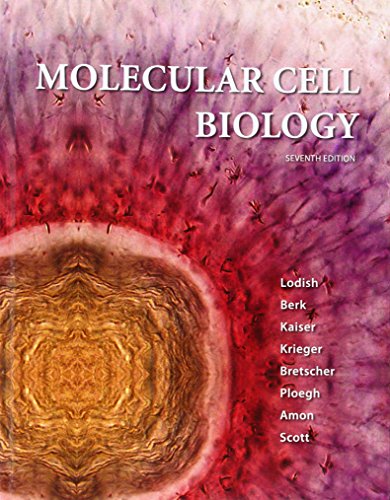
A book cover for Molecular Cell Biology; Harvey Lodish; Medical Books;